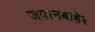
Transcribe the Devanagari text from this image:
जपानबाहेर